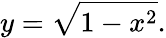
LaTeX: y={\sqrt{1-x^{2}}}.